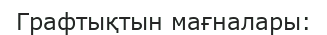
Графтықтын мағналары: